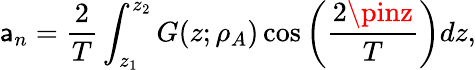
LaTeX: \mathsf{a}_{n}=\frac{{2}}{{T}}\int_{z_{1}}^{z_{2}}G(z;\rho_{A})\cos{\bigg(\frac{{2\pinz}}{{T}}\bigg)}dz,